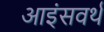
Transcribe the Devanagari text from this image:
आइंसवर्थ